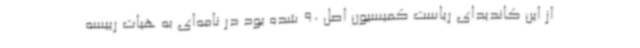
از این کاندیدای ریاست کمیسیون اصل 90 شده بود در نامه‌ای به هیات رییسه